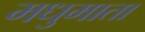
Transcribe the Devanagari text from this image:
मधुमाता